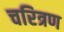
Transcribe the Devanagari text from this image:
चरित्रण